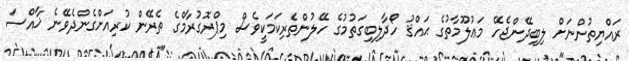
ރައްޔިތުންނަށް ލިބިދޭންޖެހޭ މަޢުލޫމާތުގެ ޙައްޤު ހޯދާލިބިގަތުމުގެ ހޭލުންތެރިކަމަކީވެސް މިޕްރޮގުރާމްގެ ތެރޭން ކުރިއަށްގެންދެވޭނެ ޚާއްސަ